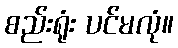
စည်းရုံး ပင်မလုံ။